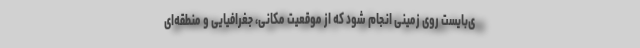
ی‌بایست روی زمینی انجام شود که از موقعیت مکانی، جغرافیایی و منطقه‌ای